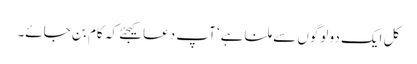
کل ایک دو لوگوں سے ملنا ہے‘ آپ دعا کیجئے کہ کام بن جائے۔